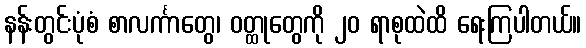
နန်းတွင်းပုံစံ စာလင်္ကာတွေ၊ ဝတ္ထုတွေကို ၂၀ ရာစုထဲထိ ရေးကြပါတယ်။